On the importance of larval characters in the classification of mosquitoes - Number 25
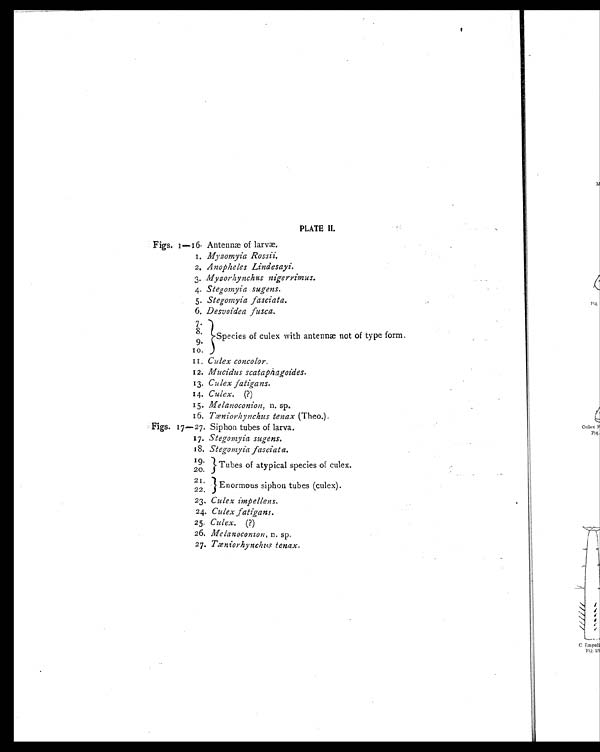
PLATE II.
Figs. 1 — 1 6. Antennæ of larvæ.
1. Myzomyia Rossii.
2. Anopheles Lindesayi.
3. Myzorhynchus nigerrimus.
4. Stegomyia sugens.
5. Stegomyia fasciata.
6. Desvoidea fusca.
7
Species of culex with antennæ not of type form.
8.
9.
10.
11. Culex concolor.
12. Mucidus scatapiagoides.
13. Culex fatigans.
14. Culex. (?)
15. Melanoconion, n. sp.
16. Tæniorhynchus tenax (Theo.).
Figs. 17—27. Siphon tubes of larva.
17. Stegomyia sugens.
18. Stegomyia fasciata.
19. Tubes of atypical species of culex.
20.
21.
Enormous siphon tubes (culex).
22.
23. Culex impellens.
24. Culex fatigans.
25. Culex. (?)
26. Melanocomon, n. sp.
27. Tæniorhynchus tenax.